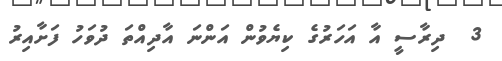
3  ދިރާސީ އާ އަހަރުގެ ކިޔެވުން އަންނަ އާދިއްތަ ދުވަހު ފަށާއިރު